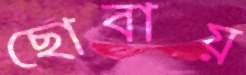
ছোবায়